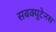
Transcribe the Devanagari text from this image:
सबक्यूटेनस